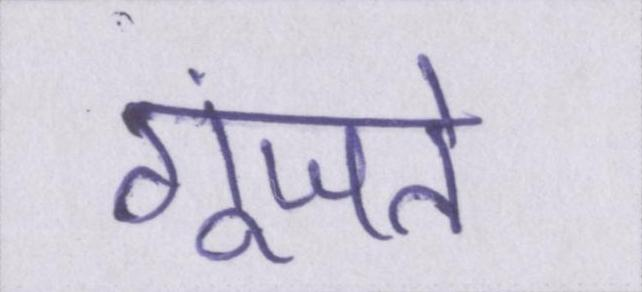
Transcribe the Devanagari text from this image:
गूंजते